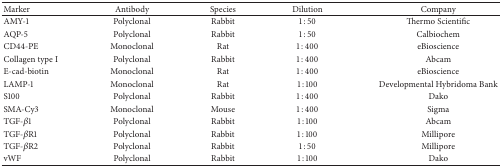
<table><thead><tr><td><b>Marker</b></td><td><b>Antibody</b></td><td><b>Species</b></td><td><b>Dilution</b></td><td><b>Company</b></td></tr></thead><tbody><tr><td>AMY-1</td><td>Polyclonal</td><td>Rabbit</td><td>1 : 50</td><td>Thermo Scientific</td></tr><tr><td>AQP-5</td><td>Polyclonal</td><td>Rabbit</td><td>1 : 50</td><td>Calbiochem</td></tr><tr><td>CD44-PE</td><td>Monoclonal</td><td>Rat</td><td>1 : 400</td><td>eBioscience</td></tr><tr><td>Collagen type I</td><td>Polyclonal</td><td>Rabbit</td><td>1 : 400</td><td>Abcam</td></tr><tr><td>E-cad-biotin</td><td>Monoclonal</td><td>Rat</td><td>1 : 400</td><td>eBioscience</td></tr><tr><td>LAMP-1</td><td>Monoclonal</td><td>Rat</td><td>1 : 100</td><td>Developmental Hybridoma Bank</td></tr><tr><td>S100</td><td>Polyclonal</td><td>Rabbit</td><td>1 : 400</td><td>Dako</td></tr><tr><td>SMA-Cy3</td><td>Monoclonal</td><td>Mouse</td><td>1 : 400</td><td>Sigma</td></tr><tr><td>TGF-<i>β</i>1</td><td>Polyclonal</td><td>Rabbit</td><td>1 : 100</td><td>Abcam</td></tr><tr><td>TGF-<i>β</i>R1</td><td>Polyclonal</td><td>Rabbit</td><td>1 : 100</td><td>Millipore</td></tr><tr><td>TGF-<i>β</i>R2</td><td>Polyclonal</td><td>Rabbit</td><td>1 : 50</td><td>Millipore</td></tr><tr><td>vWF</td><td>Polyclonal</td><td>Rabbit</td><td>1 : 100</td><td>Dako</td></tr></tbody></table>